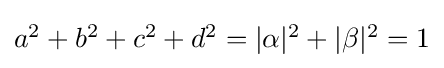
{\textstyle a^{2}+b^{2}+c^{2}+d^{2}=|\alpha |^{2}+|\beta |^{2}=1}